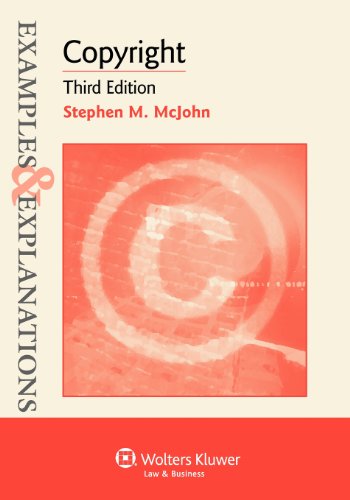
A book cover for Examples & Explanations: Copyright, Third Edition; Stephen M. McJohn; Law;